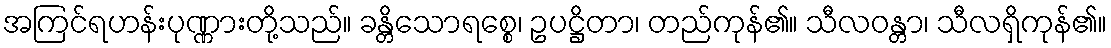
အကြင်ရဟန်းပုဏ္ဏားတို့သည်။ ခန္တိသောရစ္စေ၊ ဥပဋ္ဌိတာ၊ တည်ကုန်၏။ သီလဝန္တာ၊ သီလရှိကုန်၏။